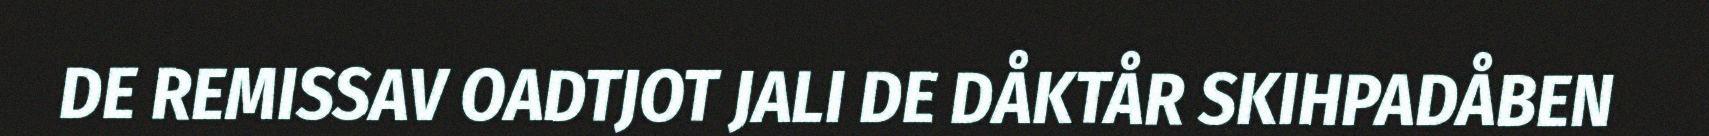
DE REMISSAV OADTJOT JALI DE DÅKTÅR SKIHPADÅBEN